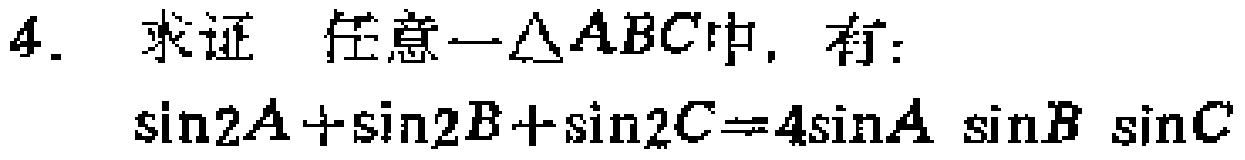
4. 求证 任意一$\triangle ABC$中，有：
$\sin2A + \sin2B+\sin2C = 4\sin A\sin B\sin C$